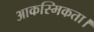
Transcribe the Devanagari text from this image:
आकस्मिकता।